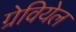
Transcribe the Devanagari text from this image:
ग्रेवियेल